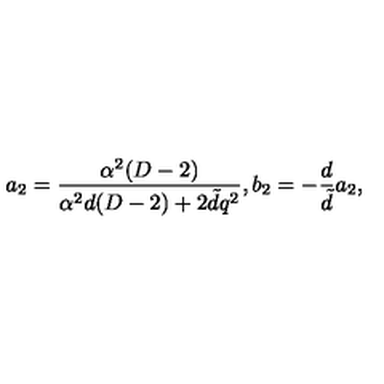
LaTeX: a _ { 2 } = \frac { \alpha ^ { 2 } ( D - 2 ) } { \alpha ^ { 2 } d ( D - 2 ) + 2 \tilde { d } q ^ { 2 } } , b _ { 2 } = - \frac { d } { \tilde { d } } a _ { 2 } ,